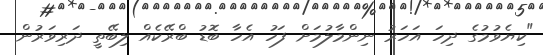
"ކިޔެވުމުގެ ދިހަ އަހަރު ނިންމާލުމަށް ފަހު އެހާ ބޮޑު ބްރޭކެއް ލިބޭތީ ދަރިވަރުން